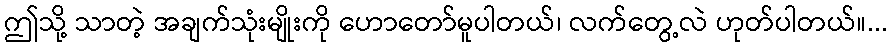
ဤသို့ သာတဲ့ အချက်သုံးမျိုးကို ဟောတော်မူပါတယ်၊ လက်တွေ့လဲ ဟုတ်ပါတယ်။...